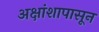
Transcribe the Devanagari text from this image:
अक्षांशापासून